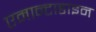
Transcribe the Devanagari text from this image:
एमान्टाडाइन